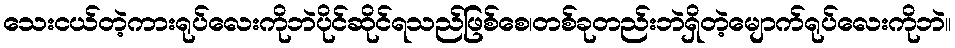
သေးငယ်တဲ့ကားရုပ်လေးကိုဘဲပိုင်ဆိုင်ရသည်ဖြစ်စေ၊တစ်ခုတည်းဘဲရှိတဲ့မျောက်ရုပ်လေးကိုဘဲ။